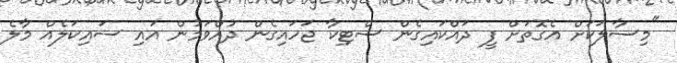
"މިސާލަކަށް އެގޮތަށް ފީ ދައްކައިގެން ސްޓިކާ ޖަހައިގެން ދުއްވަމުން އައި ސައިކަލެއް މާލެ